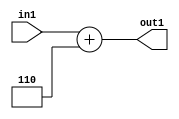
`timescale 1ps / 1ps
/*****************************************************************************
    Verilog RTL Description
    
    
    Created by: Stratus DpOpt 2019.1.01 
*******************************************************************************/

module DC_Filter_Add2i6u2_4 (
	in1,
	out1
	); /* architecture "behavioural" */ 
input [1:0] in1;
output [3:0] out1;
wire [3:0] asc001;

assign asc001 = 
	+(in1)
	+(4'B0110);

assign out1 = asc001;
endmodule

/* CADENCE  urX5Two= : u9/ySgnWtBlWxVPRXgAZ4Og= ** DO NOT EDIT THIS LINE ******/